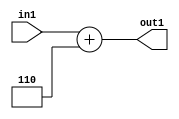
`timescale 1ps / 1ps
/*****************************************************************************
    Verilog RTL Description
    
    
    Created by: Stratus DpOpt 2019.1.01 
*******************************************************************************/

module DC_Filter_Add2i6u2_4 (
	in1,
	out1
	); /* architecture "behavioural" */ 
input [1:0] in1;
output [3:0] out1;
wire [3:0] asc001;

assign asc001 = 
	+(in1)
	+(4'B0110);

assign out1 = asc001;
endmodule

/* CADENCE  urX5Two= : u9/ySgnWtBlWxVPRXgAZ4Og= ** DO NOT EDIT THIS LINE ******/